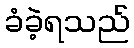
ခံခဲ့ရသည်